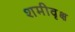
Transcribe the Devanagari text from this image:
शमीवृक्ष